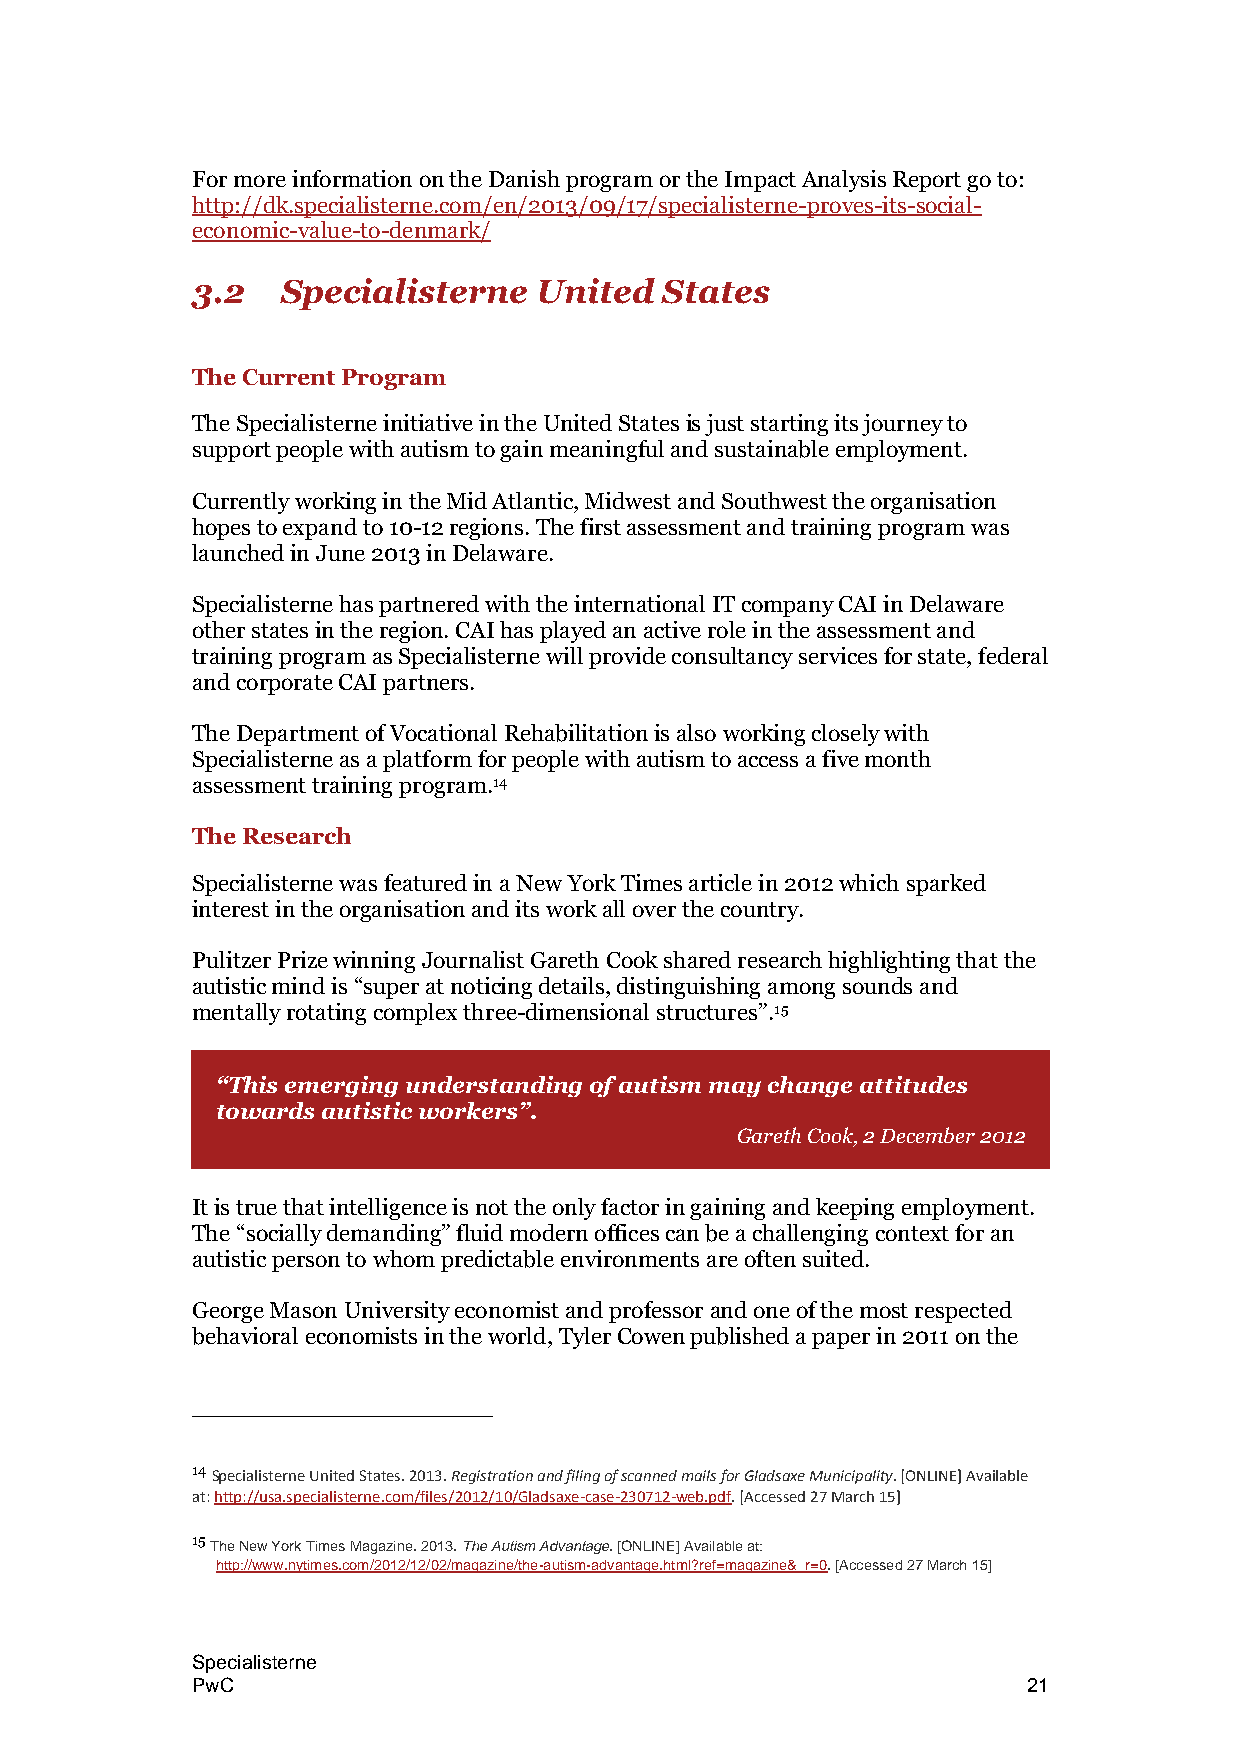
For more information on the Danish program or the Impact Analysis Report go to:
 http://dk.specialisterne.com/en/2013/09/17/specialisterne-proves-its-social-
 economic-value-to-denmark/
 3.2   Specialisterne   United  States
 The Current Program
 The Specialisterne initiative in the United States is just starting its journey to
 support people with autism to gain meaningful and sustainable employment.
 Currently working in the Mid Atlantic, Midwest and Southwest the organisation
 hopes to expand to 10-12 regions. The first assessment and training program was
 launched in June 2013 in Delaware.
 Specialisterne has partnered with the international IT company CAI in Delaware
 other states in the region. CAI has played an active role in the assessment and
 training program as Specialisterne will provide consultancy services for state, federal
 and corporate CAI partners.
 The Department of Vocational Rehabilitation is also working closely with
 Specialisterne as a platform for people with autism to access a five month
 assessment training program.14
 The Research
 Specialisterne was featured in a New York Times article in 2012 which sparked
 interest in the organisation and its work all over the country.
 Pulitzer Prize winning Journalist Gareth Cook shared research highlighting that the
 autistic mind is “super at noticing details, distinguishing among sounds and
 mentally rotating complex three-dimensional structures”.15
 “This emerging understanding of autism may change attitudes
 towards autistic workers”.
 Gareth Cook, 2 December 2012
 It is true that intelligence is not the only factor in gaining and keeping employment.
 The “socially demanding” fluid modern offices can be a challenging context for an
 autistic person to whom predictable environments are often suited.
 George Mason University economist and professor and one of the most respected
 behavioral economists in the world, Tyler Cowen published a paper in 2011 on the
 14 Specialisterne United States. 2013. Registration and filing of scanned mails for Gladsaxe Municipality. [ONLINE] Available
 at: http://usa.specialisterne.com/files/2012/10/Gladsaxe-case-230712-web.pdf. [Accessed 27 March 15]
 15 The New York Times Magazine. 2013. The Autism Advantage. [ONLINE] Available at:
 http://www.nytimes.com/2012/12/02/magazine/the-autism-advantage.html?ref=magazine&_r=0. [Accessed 27 March 15]
 Specialisterne
 PwC                                                    21